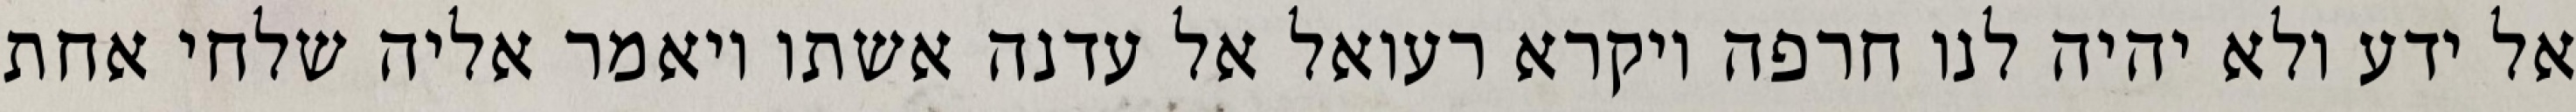
אל ידע ולא יהיה לנו חרפה ויקרא רעואל אל עדנה אשתו ויאמר אליה שלחי אחת